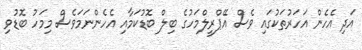
އަދި އެހެން އަހަރުތަކުގައި ވެސް އޭޕްރީލްމަހުގެ ބިލް ބޮޑުކަމާއި އެހެންނަމަވެސް މިމަހު ބޮޑުވި